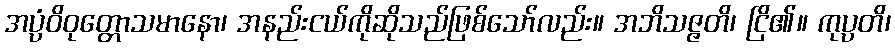
အပ္ပံဝိဝုတ္တောသမာနော၊ အနည်းငယ်ကိုဆိုသည်ဖြစ်သော်လည်း။ အဘိသဇ္ဇတိ၊ ငြိ၏။ ကုပ္ပတိ၊